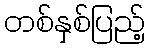
တစ်နှစ်ပြည့်